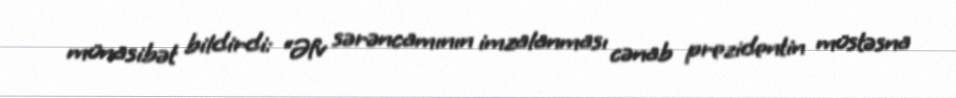
münasibət bildirdi: “Əfv sərəncamının imzalanması cənab prezidentin müstəsna